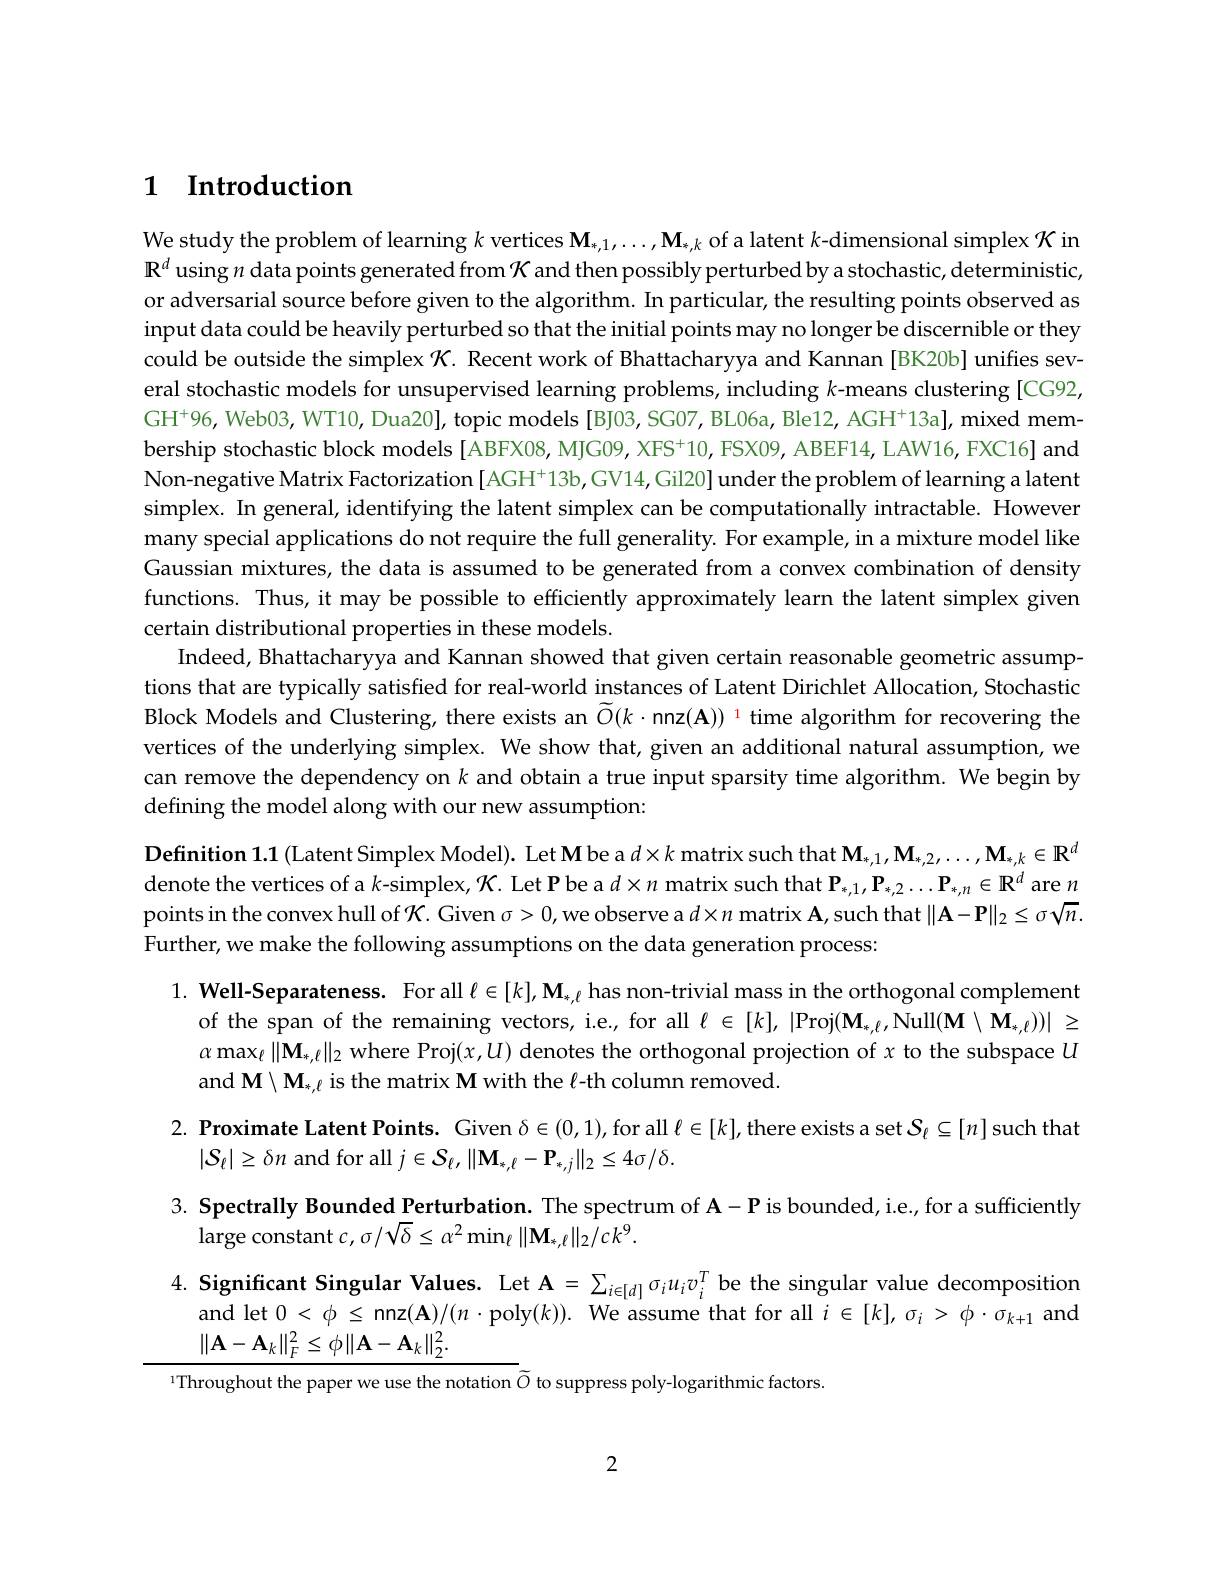
# 1 Introduction

We study the problem of lear $\mathbf{R}^d$ using $n$ data point or adversarial source before input data could be heavily perturbed so that the initial points may no longer be discernible or they could be outside the simplex eral stochastic models for u $GH^{+}96,Web03,WT10,Dua20], topic models[B]03, SG07, BL06a, Ble12, AGH^{+}13a], mixed mem-$ bership stochastic block mod Non-negative Matrix Factoriz simplex. In general, identif many special applications do Gaussian mixtures, the data functions. Thus, it may be p certain distributional prope
Indeed, Bhattacharyya and Ka tions that are typically sat Block Models and Clustering, vertices of the underlying s can remove the dependency on defining the model along with our new assumption:
Definition 1.1 (Latent Sim

denote the vertices of a $k$ points in the convex hull of Further, we make the following assumptions on the data generation process:

$1. \textbf{ Well- Separateness. For }$
of the span of the remaining $\alpha\max_{\ell}\|\mathbf{M}_{*,\ell}\|_{2}$ wher and $\mathbf{M}\setminus\mathbf{M}_{*,\ell}$ is the m

2. Proximate Latent Points.

$|S_{\ell}|\geq\delta n$ and for all $j\in$

3. Spectrally Bounded Pertur

$\operatorname{large}$constant$c,\sigma/\sqrt{\delta}\leq$

4. Significant Singular Va

and let $0<\phi\leq$ nnz$(\mathbf{A})/(n\cdot$poly$( k) ) .$ We assume that for all $i\in [ k] , \sigma _{i}> \phi \cdot \sigma _{k+ 1}$ and

$\|\mathbf{A}-\mathbf{A}_{k}\|_{F}^{2}\leq\phi\|\mathbf{A}-\mathbf{A}_{k}\|_{2}^{2}.$

1Throughout the paper we use

2